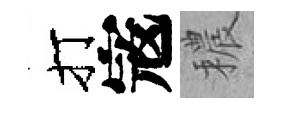
打𡨥穠